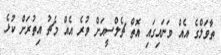
ތާވަލްގެ އެއް ވަނައިގައި އޮތް ޗެލްސީއަށް ވުރެ އެއް މެޗު އިތުރަށް ކުޅެ